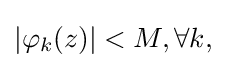
|\varphi _{k}(z)|<M,\forall k,\